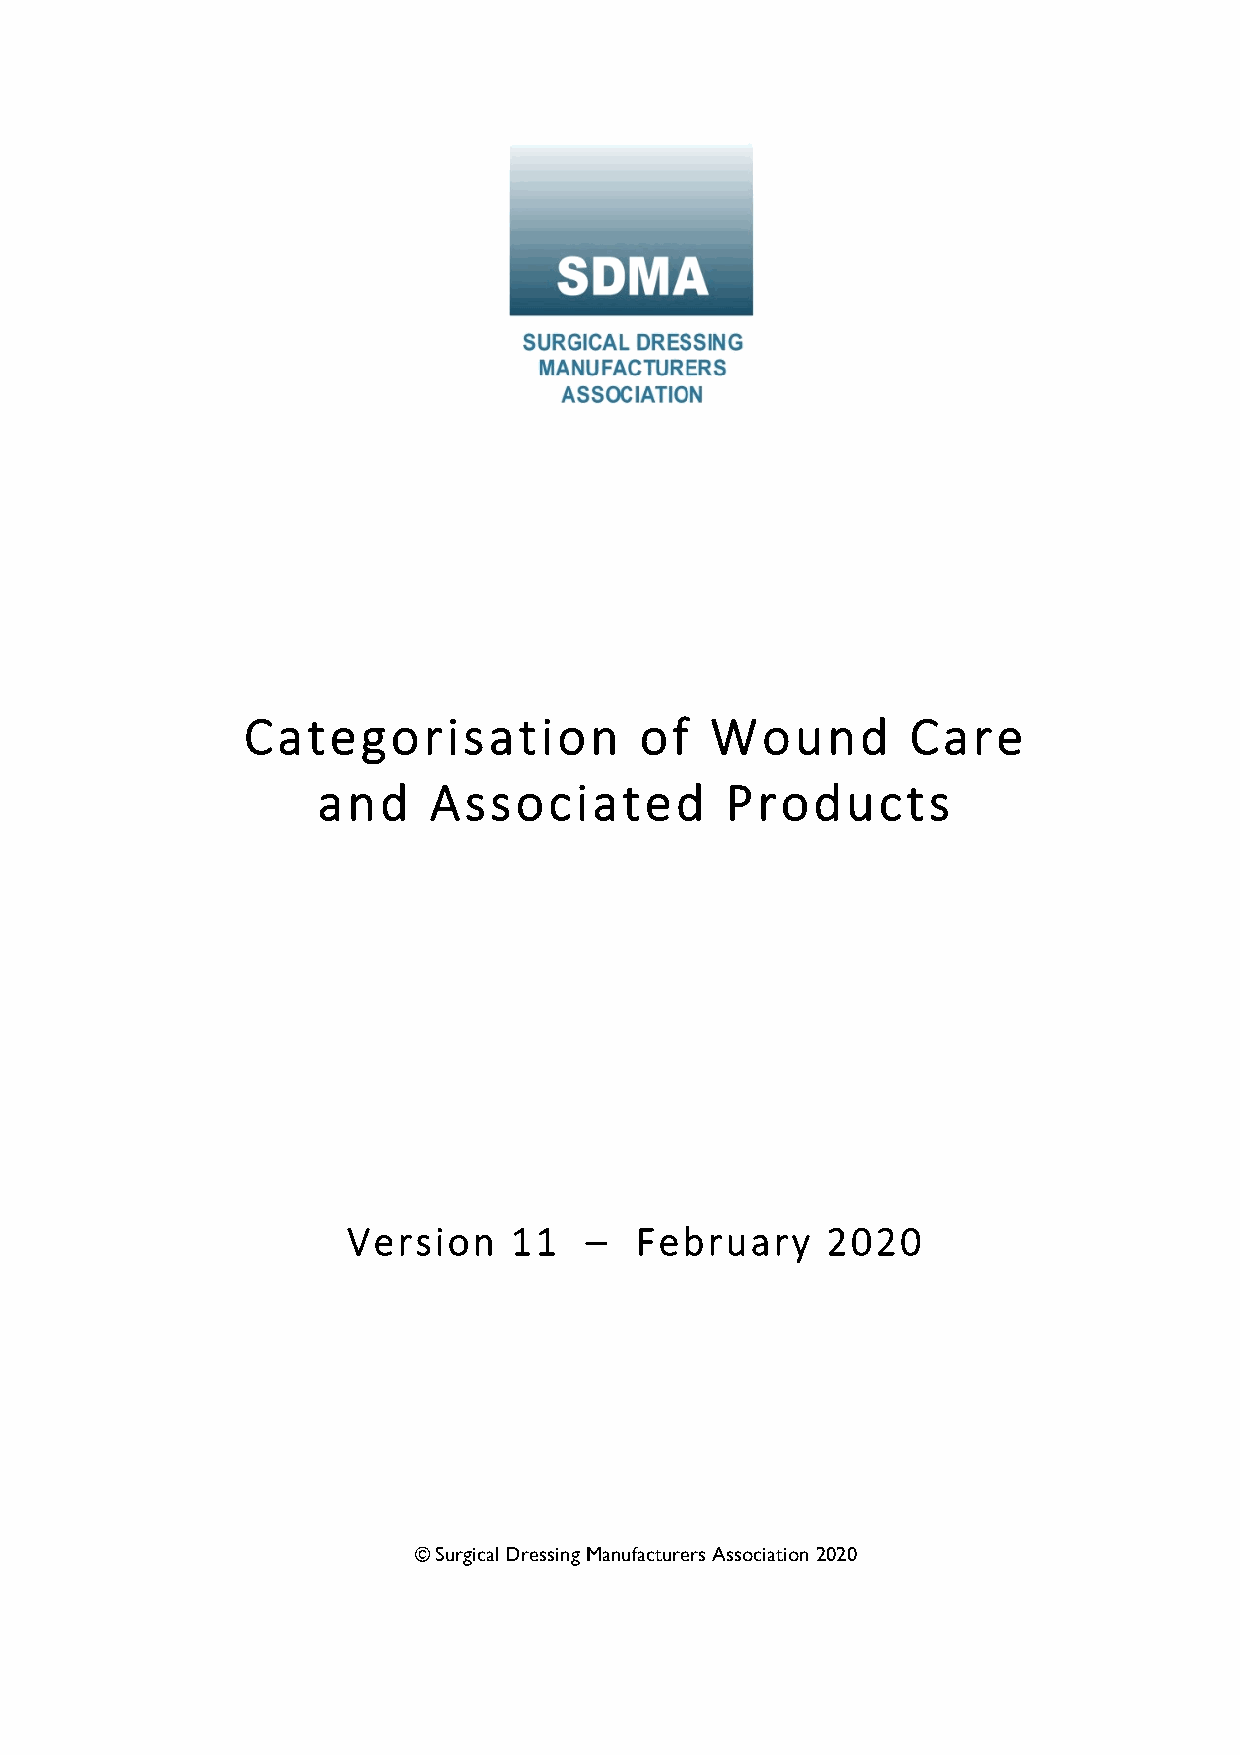
Categorisation            of   Wound        Care
 and    Associated          Products
 Version    11   –  February     2020
 © Surgical Dressing Manufacturers Association 2020